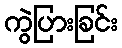
ကွဲပြားခြင်း